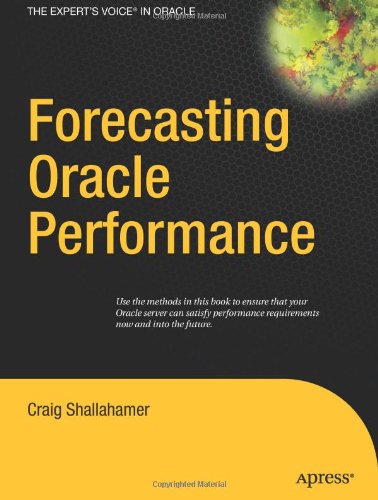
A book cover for Forecasting Oracle Performance; Craig Shallahamer; Computers & Technology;